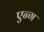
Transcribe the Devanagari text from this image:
एन्ग